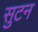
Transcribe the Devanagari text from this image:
सुटन